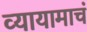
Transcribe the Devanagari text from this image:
व्यायामाचं